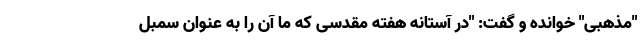
"مذهبی" خوانده و گفت: "در آستانه هفته مقدسی که ما آن را به عنوان سمبل